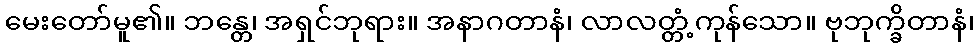
မေးတော်မူ၏။ ဘန္တေ၊ အရှင်ဘုရား။ အနာဂတာနံ၊ လာလတ္တံ့ကုန်သော။ ဗုဘုက္ခိတာနံ၊